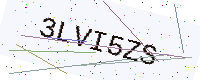
Text: 3LVI5ZS